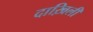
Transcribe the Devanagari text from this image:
दाख़िली